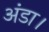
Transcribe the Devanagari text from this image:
अंडा।